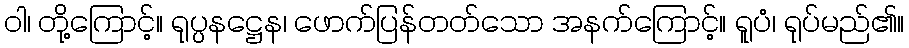
ဝါ၊ တို့ကြောင့်။ ရုပ္ပနဋ္ဌေန၊ ဖောက်ပြန်တတ်သော အနက်ကြောင့်။ ရူပံ၊ ရုပ်မည်၏။